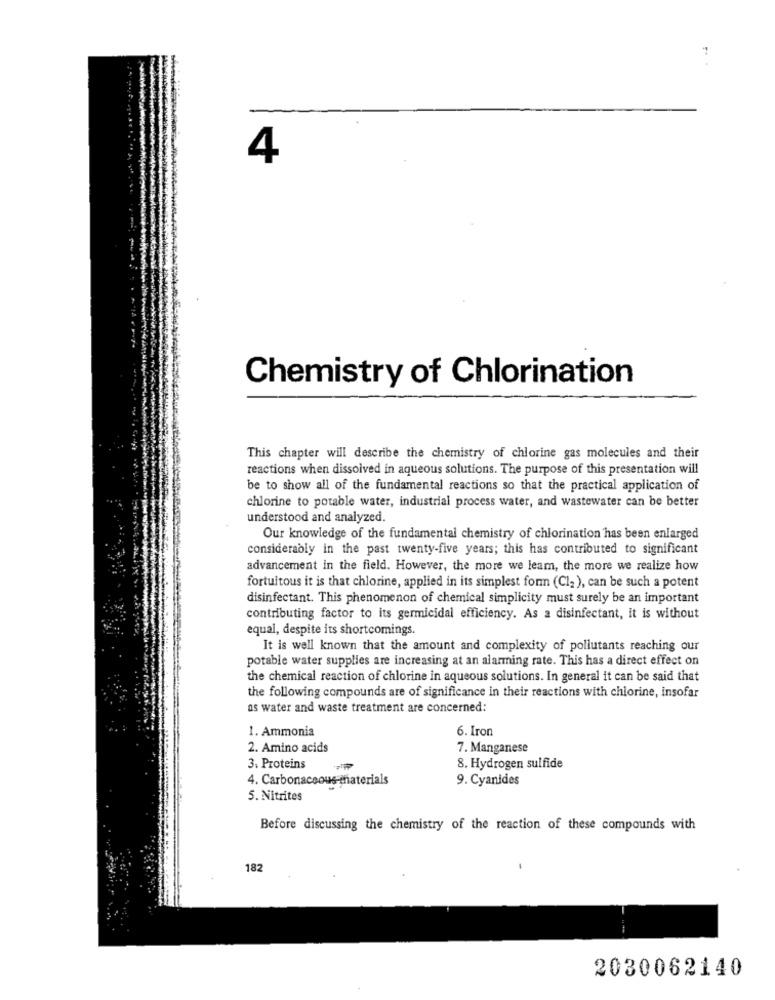
4
Chemistry of Chlorination
This chapter will describe the chemistry of chlorine gas molecules and their
reactions when dissolved in aqueous solutions. The purpose of this presentation will
be to show all of the fundamental reactions so that the practical application of
chlorine to potable water, industrial process water, and wastewater can be better
understood and analyzed.
Our knowledge of the fundamental chemistry of chlorination has been enlarged
considerably in the past twenty-five years; this has contributed to significant
advancement in the field. However, the more we leam, the more we realize how
fortuitous it is that chlorine, applied in its simplest for (Cl2), can be such a potent
disinfectant. This phenomenon of chemical simplicity must surely be an important
contributing factor to its germicidal efficiency. As a disinfectant, it is without
equal, despite its shortcomings.
It is well known that the amount and complexity of pollutants reaching our
potable water supplies are increasing at an alarming rate. This has a direct effect on
the chemical reaction of chlorine in aqueous solutions. In general it can be said that
the following compounds are of significance in their reactions with chlorine, insofar
as water and waste treatment are concerned:
6. Iron
1. Ammonia
2. Amino acids
7. Manganese
3. Proteins
8. Hydrogen sulfide
4. Carbonaceous-materials
9. Cyanides
5. Nitrites
Before discussing the chemistry of the reaction of these compounds with
182
2030062140